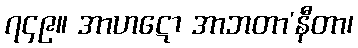
၇၄၉။ အာဟဋော အာဘတာ’နီတာ၊